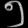
Digit: ၅